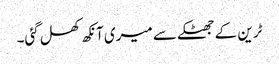
ٹرین کے جھٹکے سے میری آنکھ کھل گئی۔